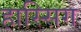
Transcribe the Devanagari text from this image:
हास्सिग